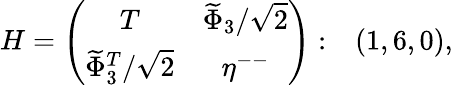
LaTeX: H=\left(\begin{array}{ccc}{{T}}&{{\widetilde{\Phi}_{3}/\sqrt{2}}}\\ {{\widetilde{\Phi}_{3}^{T}/\sqrt{2}}}&{{\eta^{--}}}\end{array}\right):\ \ \ (1,6,0),